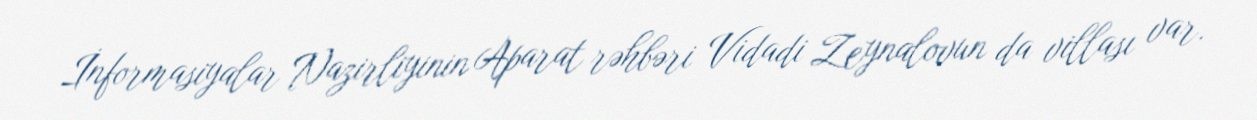
İnformasiyalar Nazirliyinin Aparat rəhbəri Vidadi Zeynalovun da villası var.